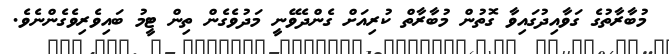
މުބާރާތުގެ ގަވާއިދުގައިވާ ގޮތުން މުބާރާތް ކުރިއަށް ގެންދެވޭނީ މަދުވެގެން ތިން ޓީމު ބައިވެރިވެގެންނެވެ.